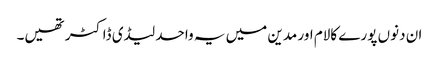
ان دنوں پورے کالام اور مدین میں یہ واحد لیڈی ڈاکٹر تھیں۔